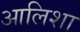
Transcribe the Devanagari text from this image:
आलिशा